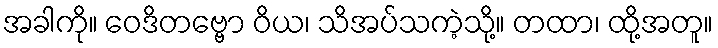
အခါကို။ ဝေဒိတဗ္ဗော ဝိယ၊ သိအပ်သကဲ့သို့။ တထာ၊ ထို့အတူ။